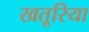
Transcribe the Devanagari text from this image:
खतूरिया